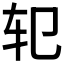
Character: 𰹱